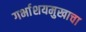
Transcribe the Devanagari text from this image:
गर्भाशयमुखाचा